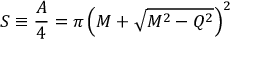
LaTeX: S \equiv { \frac { A } { 4 } } = \pi \left( M + \sqrt { M ^ { 2 } - Q ^ { 2 } } \right) ^ { 2 }